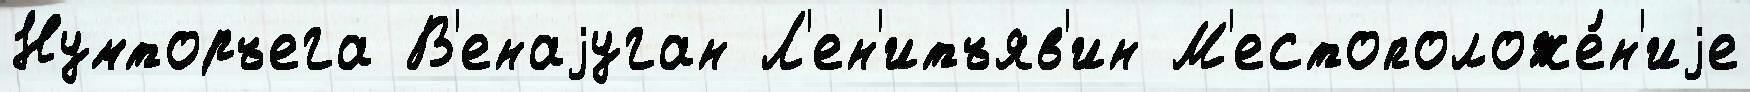
Нумторъега В'енаjуган Л'ен'итъяв'ин М'естоположе́н'иjе